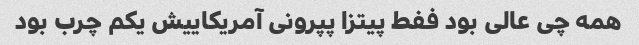
همه چی عالی بود ففط پیتزا پپرونی آمریکاییش یکم چرب بود